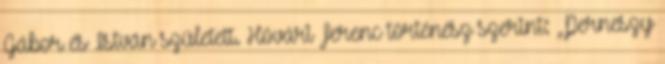
Gábor és István született. Hóvári Ferenc történész szerint: „Perneszy